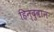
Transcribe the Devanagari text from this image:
हिन्दुवान